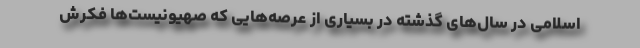
اسلامی در سال‌های گذشته در بسیاری از عرصه‌هایی که صهیونیست‌ها فکرش